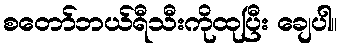
စတော်ဘယ်ရီသီးကိုထုပြီး ချေပါ။